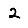
Digit: 2